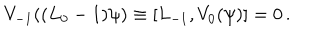
V _ { - 1 } ( ( L _ { 0 } - 1 ) \psi ) \equiv [ L _ { - 1 } , V _ { 0 } ( \psi ) ] = 0 \, .